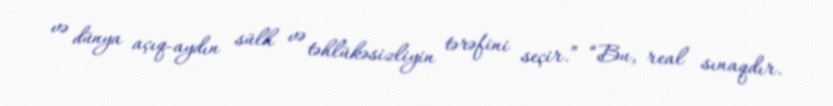
və dünya açıq-aydın sülh və təhlükəsizliyin tərəfini seçir.” “Bu, real sınaqdır.